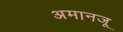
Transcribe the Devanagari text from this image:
अमानजू